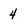
Character: 4